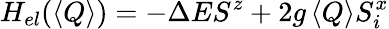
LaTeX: H_{el}(\left\langle Q\right\rangle)=-\Delta ES^{z}+2g\left\langle Q\right\rangle S_{i}^{x}